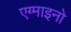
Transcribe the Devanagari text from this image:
एग्माइनो